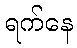
ရက်နေ